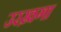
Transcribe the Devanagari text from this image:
उरख़गा